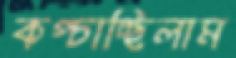
কপ্‌চাচ্ছিলাম